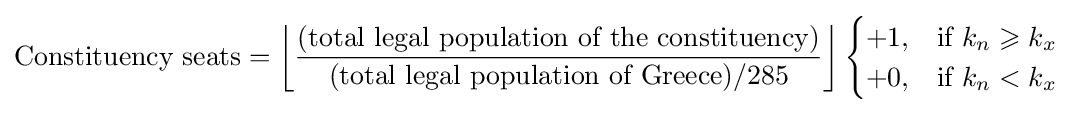
{\text{Constituency seats}}=\left\lfloor {{\text{(total legal population of the constituency)}} \over {\text{(total legal population of Greece)}}/285}\right\rfloor {\begin{cases}+1,&{\text{if }}k_{n}\geqslant k_{x}\\+0,&{\text{if }}k_{n}<k_{x}\end{cases}}